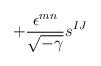
LaTeX: \begin{align*} + \frac{\epsilon^{mn}}{\sqrt{-\gamma}} s^{IJ}\end{align*}